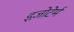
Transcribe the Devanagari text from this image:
इज़ोटेर्म